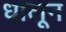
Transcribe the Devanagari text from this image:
धालून